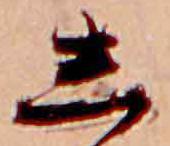
し